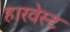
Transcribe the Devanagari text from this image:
हारवेस्ट